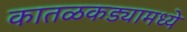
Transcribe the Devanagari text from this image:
कातळकड्यामध्ये